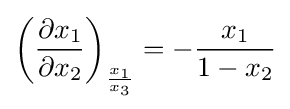
\left({\frac {\partial x_{1}}{\partial x_{2}}}\right)_{\frac {x_{1}}{x_{3}}}=-{\frac {x_{1}}{1-x_{2}}}